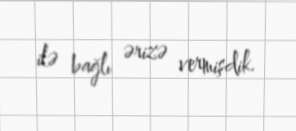
ilə bağlı ərizə vermişdik.